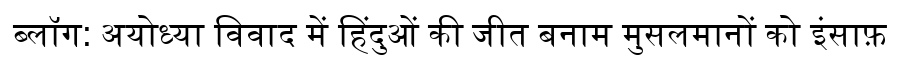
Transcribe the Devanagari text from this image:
ब्लॉग: अयोध्या विवाद में हिंदुओं की जीत बनाम मुसलमानों को इंसाफ़